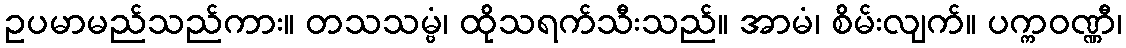
ဥပမာမည်သည်ကား။ တသသမ္ဗံ၊ ထိုသရက်သီးသည်။ အာမံ၊ စိမ်းလျက်။ ပက္ကဝဏ္ဏီ၊